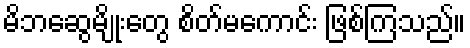
မိဘဆွေမျိုးတွေ စိတ်မကောင်း ဖြစ်ကြသည်။